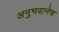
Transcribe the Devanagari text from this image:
अनुभवानेच